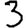
Digit: 3